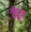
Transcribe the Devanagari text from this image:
टैटूज़